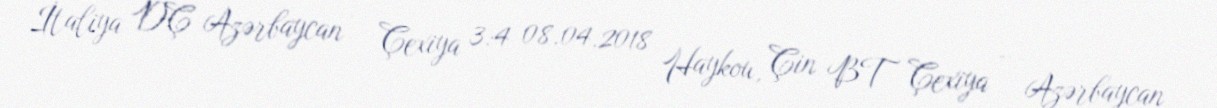
İtaliya DÇ Azərbaycan – Çexiya 3:4 08.04.2018 Haykou, Çin BT Çexiya – Azərbaycan